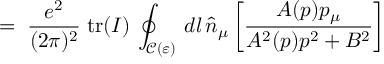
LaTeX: \; = \; \frac { e ^ { 2 } } { ( 2 \pi ) ^ { 2 } } \; \mathrm { t r } ( I ) \, \oint _ { { \mathcal C } ( \varepsilon ) } \, d l \, { \hat { n } } _ { \mu } \left[ \frac { A ( p ) p _ { \mu } } { A ^ { 2 } ( p ) p ^ { 2 } + B ^ { 2 } } \right]